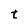
Character: t